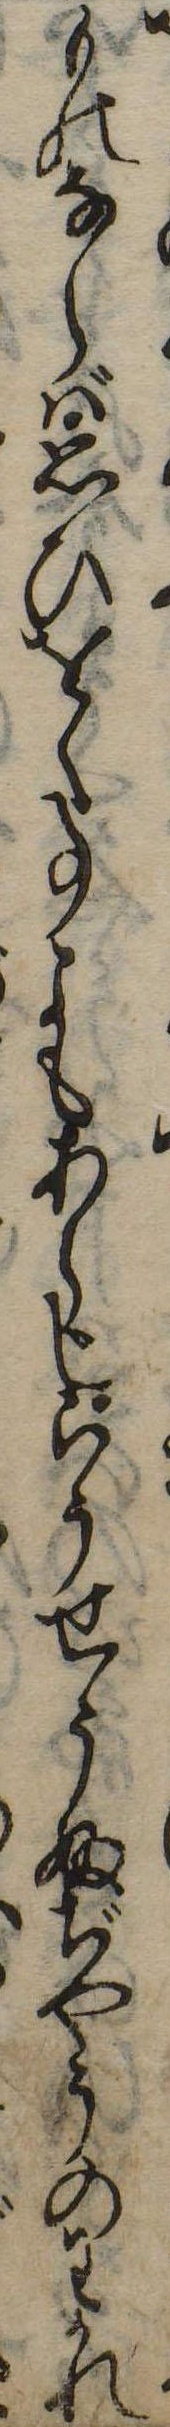
ものならば思ひをく事にもあらじらうせうふぢやうのわかれ